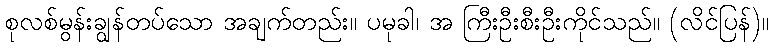
စုလစ်မွန်းချွန်တပ်သော အချက်တည်း။ ပမုခါ၊ အ ကြီးဦးစီးဦးကိုင်သည်။ (လိင်ပြန်)။